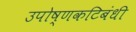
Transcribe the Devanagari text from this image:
उपोष्णकटिबंधी